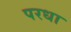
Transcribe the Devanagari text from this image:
परधा